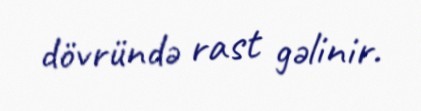
dövründə rast gəlinir.